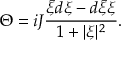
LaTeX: \Theta = i J \frac { { \bar { \xi } } d \xi - d { \bar { \xi } } \xi } { 1 + \vert \xi \vert ^ { 2 } } .